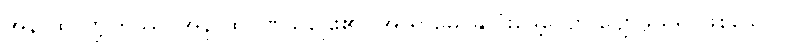
အနာထပိဏ္ဍိကဿ၊ အနာထပိဏ်သူဌေး၏။ အာရာမေ၊ နှလုံးမွေ့လျော် ပျော်ဖွယ်ရာဖြစ်သော။